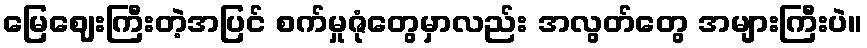
မြေဈေးကြီးတဲ့အပြင် စက်မှုဇုံတွေမှာလည်း အလွတ်တွေ အများကြီးပဲ။